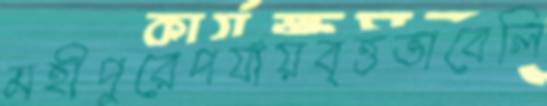
মহীপুরেপর্যায়বৃত্তভাবেলি